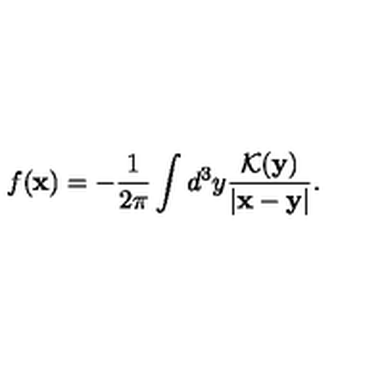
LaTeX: f ( { \bf x } ) = - \frac { 1 } { 2 \pi } \int d ^ { 3 } y \frac { { \cal K } ( { \bf y } ) } { | { \bf x } - { \bf y } | } .